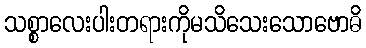
သစ္စာလေးပါးတရားကိုမသိသေးသောဗောဓိ